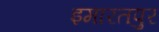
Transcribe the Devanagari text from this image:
इमारतपुर